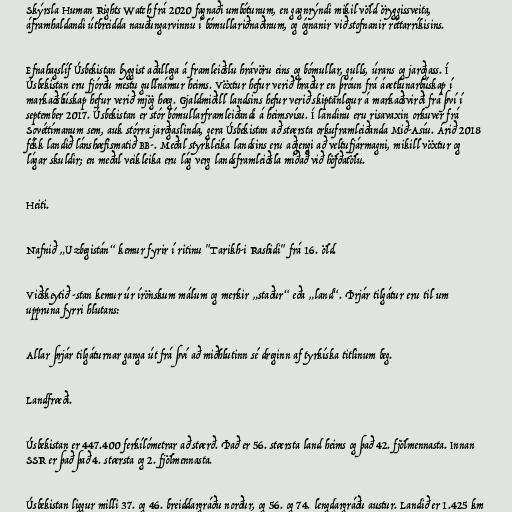
Skýrsla Human Rights Watch frá 2020 fagnaði umbótunum, en gagnrýndi mikil völd öryggissveita,
áframhaldandi útbreidda nauðungarvinnu í bómullariðnaðinum, og ógnanir við stofnanir réttarríkisins.

Efnahagslíf Úsbekistan byggist aðallega á framleiðslu hrávöru eins og bómullar, gulls, úrans og jarðgass. Í
Úsbekistan eru fjórðu mestu gullnámur heims. Vöxtur hefur verið hraður en þróun frá áætlunarbúskap í
markaðsbúskap hefur verið mjög hæg. Gjaldmiðill landsins hefur verið skiptanlegur á markaðsvirði frá því í
september 2017. Úsbekistan er stór bómullarframleiðandi á heimsvísu. Í landinu eru risavaxin orkuver frá
Sovéttímanum sem, auk stórra jarðgaslinda, gera Úsbekistan að stærsta orkuframleiðanda Mið-Asíu. Árið 2018
fékk landið lánshæfismatið BB-. Meðal styrkleika landsins eru aðgengi að veltufjármagni, mikill vöxtur og
lágar skuldir; en meðal veikleika eru lág verg landsframleiðsla miðað við höfðatölu.

Heiti.

Nafnið „Uzbegistán“ kemur fyrir í ritinu "Tarikh-i Rashidi" frá 16. öld.

Viðskeytið -stan kemur úr írönskum málum og merkir „staður“ eða „land“. Þrjár tilgátur eru til um
uppruna fyrri hlutans:

Allar þrjár tilgáturnar ganga út frá því að miðhlutinn sé dreginn af tyrkíska titlinum beg.

Landfræði.

Úsbekistan er 447.400 ferkílómetrar að stærð. Það er 56. stærsta land heims og það 42. fjölmennasta. Innan
SSR er það það 4. stærsta og 2. fjölmennasta.

Úsbekistan liggur milli 37. og 46. breiddargráðu norður, og 56. og 74. lengdargráðu austur. Landið er 1.425 km